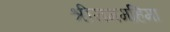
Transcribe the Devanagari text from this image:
श्रीराममहिमा